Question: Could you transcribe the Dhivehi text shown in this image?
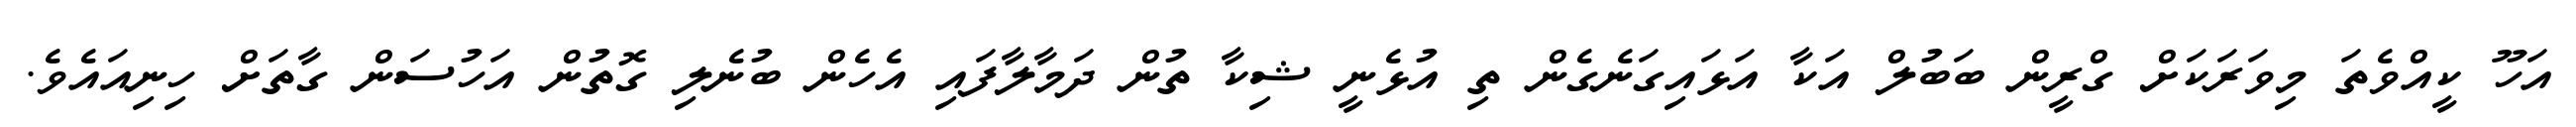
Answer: އަހޫ ކީއްވެތަ މިވަރަކަށް ގްރީން ބަބުލް އަކާ އަޅައިގަނެގެން ތި އުޅެނީ ޝިކާ ތުން ދަމާލާފައި އެހެން ބުނެލި ގޮތުން އަހުސަން ގާތަށް ހިނިއައެވެ.